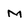
Character: M